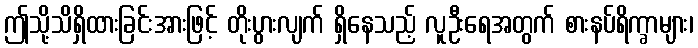
ဤသို့သိရှိထားခြင်းအားဖြင့် တိုးပွားလျက် ရှိနေသည့် လူဦးရေအတွက် စားနပ်ရိက္ခာများ၊